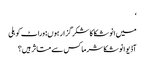
‘
میں انوشکا کا شکر گزار ہوں: وراٹ کوہلی
آڈیو انوشکا شرما کس سے متاثر ہیں؟